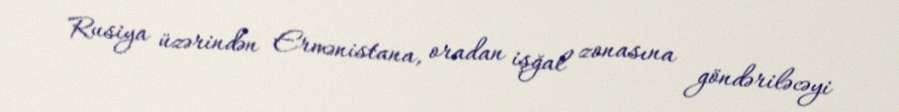
Rusiya üzərindən Ermənistana, oradan işğal zonasına göndəriləcəyi